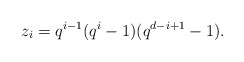
\begin{align*} z_i = q^{i-1} (q^i-1)(q^{d-i+1}-1). \end{align*}